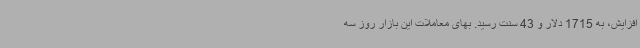
افزایش، به 1715 دلار و 43 سنت رسید. بهای معاملات این بازار روز سه